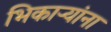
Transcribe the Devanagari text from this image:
भिकाऱ्यांना